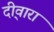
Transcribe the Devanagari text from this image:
दी्वारा